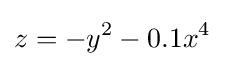
z=-y^{2}-0.1x^{4}